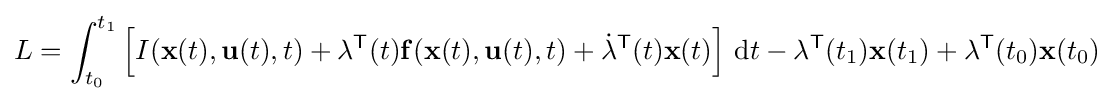
L=\int _{t_{0}}^{t_{1}}\left[I(\mathbf {x} (t),\mathbf {u} (t),t)+\mathbf {\lambda } ^{\mathsf {T}}(t)\mathbf {f} (\mathbf {x} (t),\mathbf {u} (t),t)+{\dot {\mathbf {\lambda } }}^{\mathsf {T}}(t)\mathbf {x} (t)\right]\,\mathrm {d} t-\mathbf {\lambda } ^{\mathsf {T}}(t_{1})\mathbf {x} (t_{1})+\mathbf {\lambda } ^{\mathsf {T}}(t_{0})\mathbf {x} (t_{0})